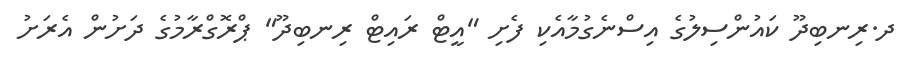
ދ.ރިނބިދޫ ކައުންސިލުގެ އިސްނެގުމާއެކި ފެށި "އީޓް ރައިޓް ރިނބިދޫ" ޕްރޮގްރާާމުގެ ދަށުން އެރަށު